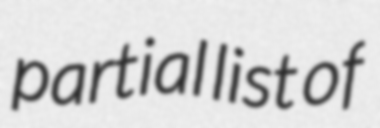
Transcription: partial list of